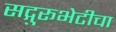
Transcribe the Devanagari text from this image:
सद्गुरूभेटीचा